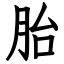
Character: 胎